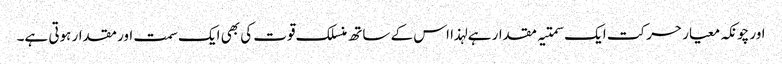
اور چونکہ معیار حرکت ایک سمتیہ مقدار ہے لہذا اس کے ساتھ منسلک قوت کی بھی ایک سمت اور مقدار ہوتی ہے۔